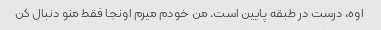
اوه، درست در طبقه پایین است. من خودم میرم اونجا فقط منو دنبال کن